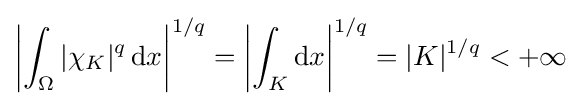
\left|{\int _{\Omega }|\chi _{K}|^{q}\,\mathrm {d} x}\right|^{1/q}=\left|{\int _{K}\mathrm {d} x}\right|^{1/q}=|K|^{1/q}<+\infty